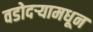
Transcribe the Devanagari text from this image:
वडोदऱ्यामधून